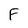
Character: F